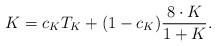
LaTeX: \begin{align*}K= c_K T_K+ (1-c_K) \frac{8\cdot K}{1+K}.\end{align*}